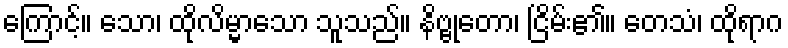
ကြောင့်။ သော၊ ထိုလိမ္မာသော သူသည်။ နိဗ္ဗုတော၊ ငြိမ်း၏။ တေသံ၊ ထိုရာဂ